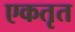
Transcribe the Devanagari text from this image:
एकतृत